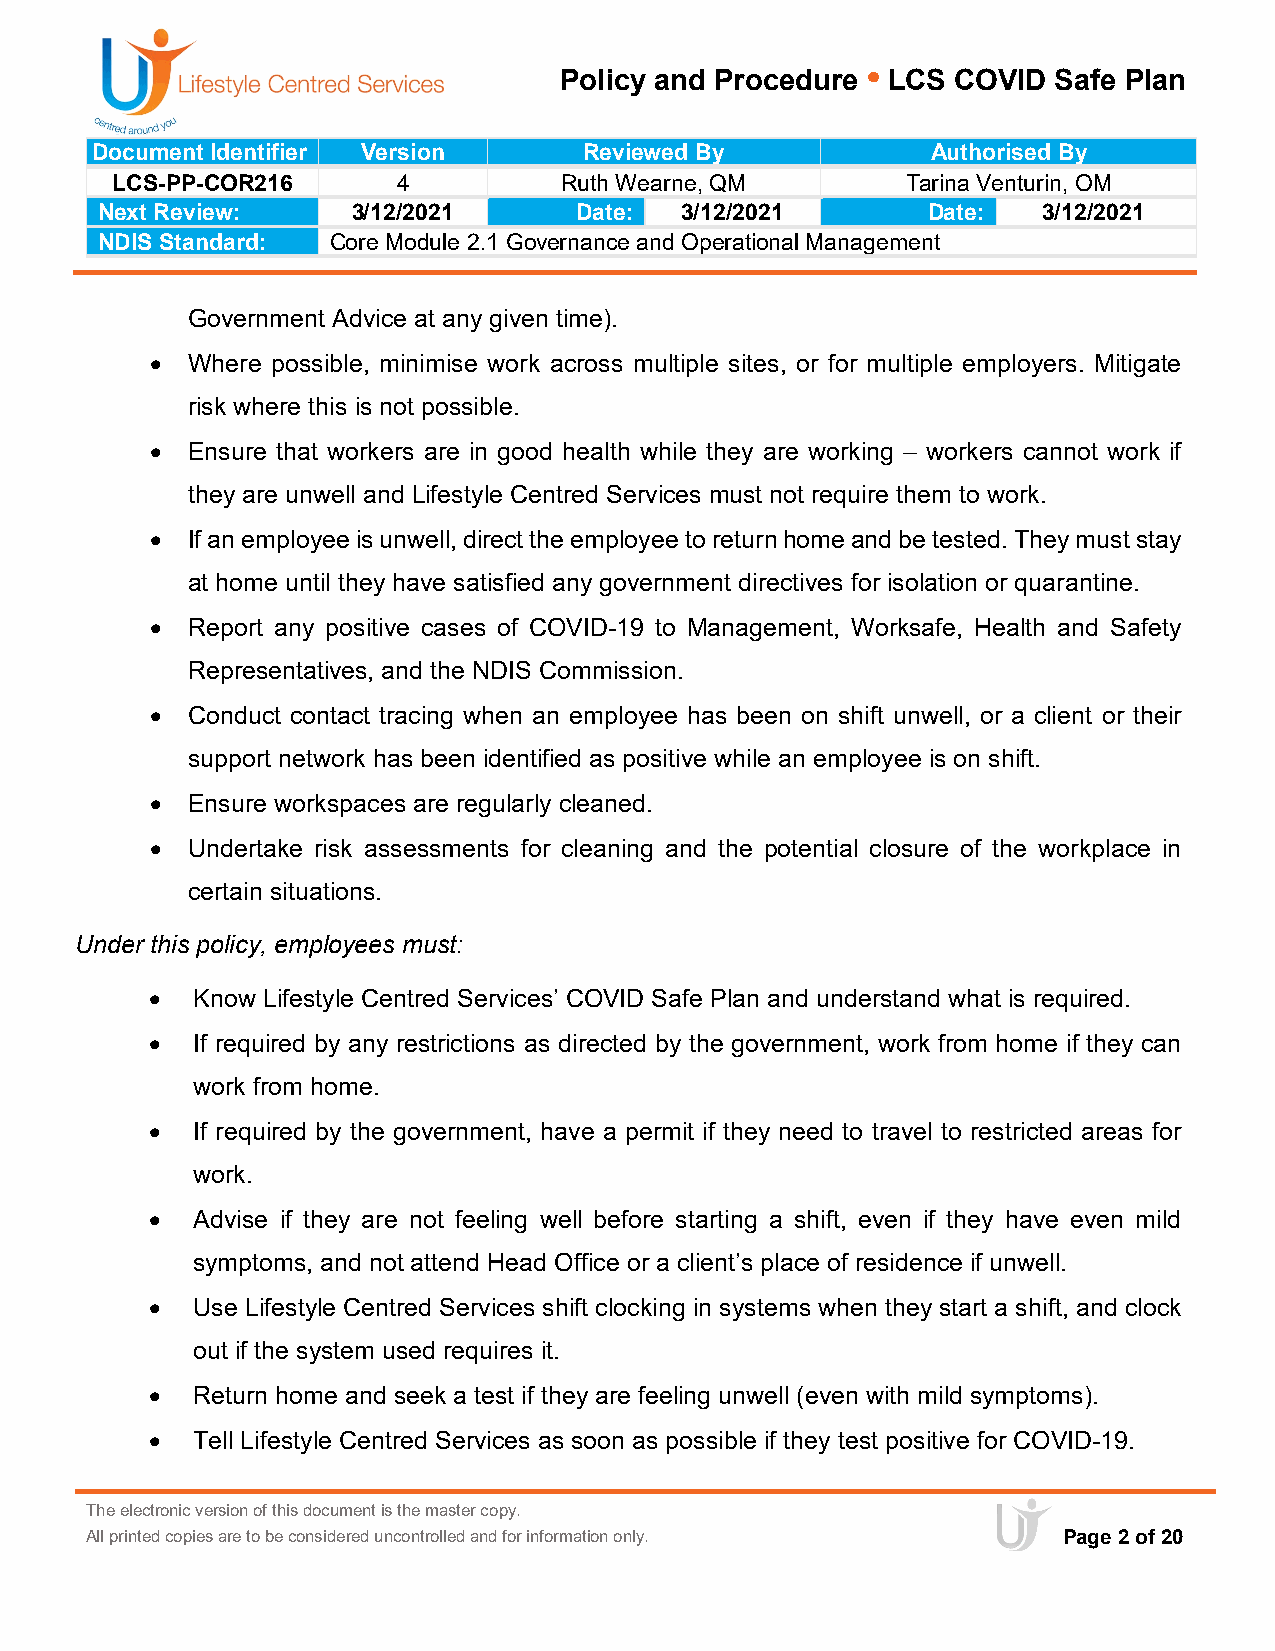
Policy and Procedure • LCS COVID Safe Plan
 Document Identifier Version      Reviewed By            Authorised By
 LCS-PP-COR216      4          Ruth Wearne, QM        Tarina Venturin, OM
 Next Review:     3/12/2021      Date:  3/12/2021       Date:   3/12/2021
 NDIS Standard:  Core Module 2.1 Governance and Operational Management
 Government Advice at any given time).
 • Where possible, minimise work across multiple sites, or for multiple employers. Mitigate
 risk where this is not possible.
 • Ensure that workers are in good health while they are working – workers cannot work if
 they are unwell and Lifestyle Centred Services must not require them to work.
 • If an employee is unwell, direct the employee to return home and be tested. They must stay
 at home until they have satisfied any government directives for isolation or quarantine.
 • Report any positive cases of COVID-19 to Management, Worksafe, Health and Safety
 Representatives, and the NDIS Commission.
 • Conduct contact tracing when an employee has been on shift unwell, or a client or their
 support network has been identified as positive while an employee is on shift.
 • Ensure workspaces are regularly cleaned.
 • Undertake risk assessments for cleaning and the potential closure of the workplace in
 certain situations.
 Under this policy, employees must:
 •  Know Lifestyle Centred Services’ COVID Safe Plan and understand what is required.
 •  If required by any restrictions as directed by the government, work from home if they can
 work from home.
 •  If required by the government, have a permit if they need to travel to restricted areas for
 work.
 •  Advise if they are not feeling well before starting a shift, even if they have even mild
 symptoms, and not attend Head Office or a client’s place of residence if unwell.
 •  Use Lifestyle Centred Services shift clocking in systems when they start a shift, and clock
 out if the system used requires it.
 •  Return home and seek a test if they are feeling unwell (even with mild symptoms).
 •  Tell Lifestyle Centred Services as soon as possible if they test positive for COVID-19.
 The electronic version of this document is the master copy.
 All printed copies are to be considered uncontrolled and for information only. Page 2 of 20